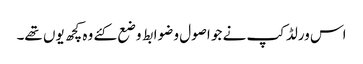
اس ورلڈکپ نے جو اصول و ضوابط وضع کئے وہ کچھ یوں تھے۔